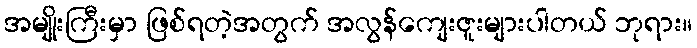
အမျိုးကြီးမှာ ဖြစ်ရတဲ့အတွက် အလွန်ကျေးဇူးများပါတယ် ဘုရား။